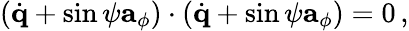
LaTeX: \left(\dot{\mathbf q}+\sin\psi{\mathbf a}_{\phi}\right)\cdot\left(\dot{\mathbf q}+\sin\psi{\mathbf a}_{\phi}\right)=0\, ,